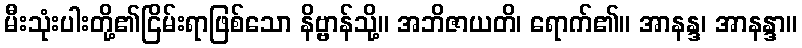
မီးသုံးပါးတို့၏ငြိမ်းရာဖြစ်သော နိဗ္ဗာန်သို့။ အဘိဇာယတိ၊ ရောက်၏။ အာနန္ဒ၊ အာနန္ဒာ။